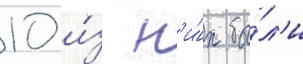
10 и́з н'и́х бы́л'и